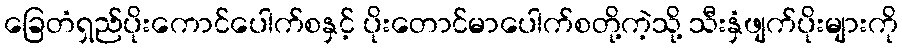
ခြေတံရှည်ပိုးကောင်ပေါက်စနှင့် ပိုးတောင်မာပေါက်စတို့ကဲ့သို့ သီးနှံဖျက်ပိုးများကို